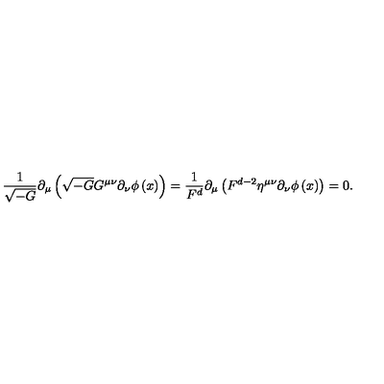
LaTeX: \frac 1 { \sqrt { - G } } \partial _ { \mu } \left( \sqrt { - G } G ^ { \mu \nu } \partial _ { \nu } \phi \left( x \right) \right) = \frac 1 { F ^ { d } } \partial _ { \mu } \left( F ^ { d - 2 } \eta ^ { \mu \nu } \partial _ { \nu } \phi \left( x \right) \right) = 0 .